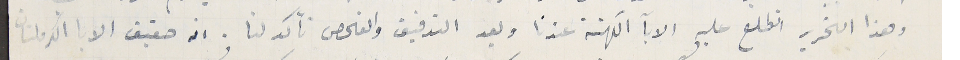
وهذا التحرير اتطلع عليه الابآ الكهنة عندنا وبعد التدقيق والفحص تأكد لنا. ان حقيق الابا الكرملتان